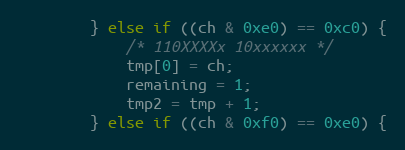
Language: C
		} else if ((ch & 0xe0) == 0xc0) {
			/* 110XXXXx 10xxxxxx */
			tmp[0] = ch;
			remaining = 1;
			tmp2 = tmp + 1;
		} else if ((ch & 0xf0) == 0xe0) {